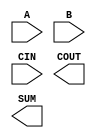
module sky130_fd_sc_hs__fa (
    //# {{data|Data Signals}}
    input  A   ,
    input  B   ,
    input  CIN ,
    output COUT,
    output SUM
);

    // Voltage supply signals
    supply1 VPWR;
    supply0 VGND;

endmodule